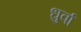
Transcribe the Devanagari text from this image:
धुर्वा